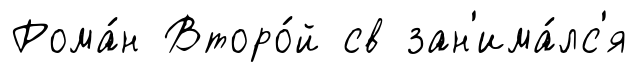
Рома́н Второ́й св зан'има́лс'я